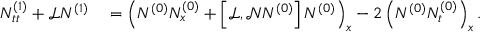
\begin{array} { r l } { N _ { t t } ^ { ( 1 ) } + \mathscr { L } N ^ { ( 1 ) } } & { { } = \left( N ^ { ( 0 ) } N _ { x } ^ { ( 0 ) } + \left[ \mathscr { L } , \mathscr { N } N ^ { ( 0 ) } \right] N ^ { ( 0 ) } \right) _ { x } - 2 \left( N ^ { ( 0 ) } N _ { t } ^ { ( 0 ) } \right) _ { x } . } \end{array}